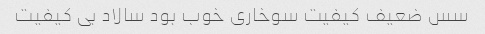
سس ضعیف کیفیت سوخاری خوب بود سالاد بی کیفیت